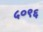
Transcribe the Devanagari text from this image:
५०९६